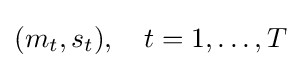
(m_{t},s_{t}),\quad t=1,\ldots ,T